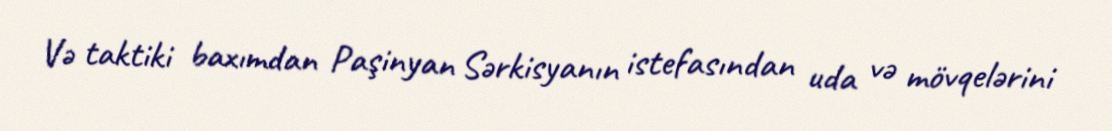
Və taktiki baxımdan Paşinyan Sərkisyanın istefasından uda və mövqelərini